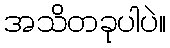
အသိတခုပါပဲ။